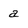
Character: a